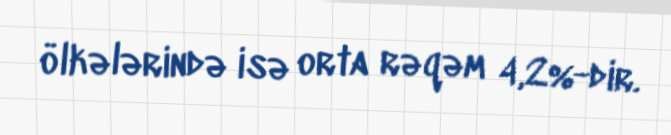
ölkələrində isə orta rəqəm 4,2%-dir.